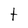
Character: t